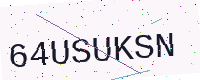
Text: 64USUKSN